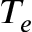
T _ { e }